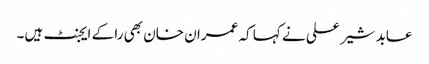
عابد شیر علی نے کہا کہ عمران خان بھی را کے ایجنٹ ہیں۔